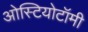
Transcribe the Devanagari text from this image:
ओस्टियोटॉमी